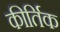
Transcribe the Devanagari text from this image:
कीर्तिक